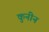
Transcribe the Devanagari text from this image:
कुनीन